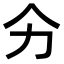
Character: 𭄞